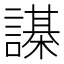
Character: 𧬗